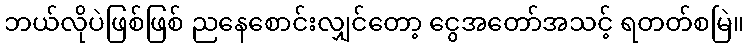
ဘယ်လိုပဲဖြစ်ဖြစ် ညနေစောင်းလျှင်တော့ ငွေအတော်အသင့် ရတတ်စမြဲ။